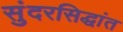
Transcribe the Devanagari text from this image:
सुंदरसिद्धांत